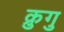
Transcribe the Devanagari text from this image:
क्रुगु